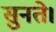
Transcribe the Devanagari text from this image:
सुनते।